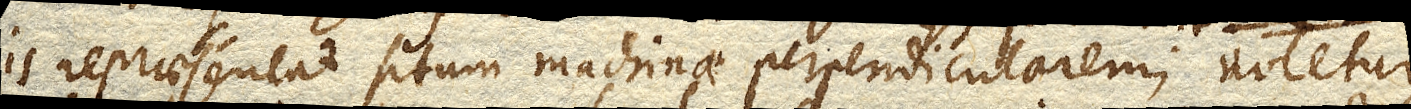
is repraesentat situm machinae perpendicularem; notetur